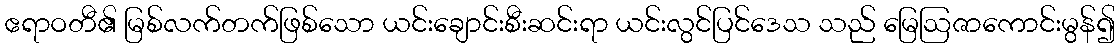
ဧရာဝတီ၏ မြစ်လက်တက်ဖြစ်သော ယင်းချောင်းစီးဆင်းရာ ယင်းလွင်ပြင်ဒေသ သည် မြေဩဇာကောင်းမွန်၍